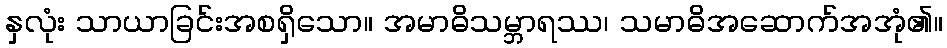
နှလုံး သာယာခြင်းအစရှိသော။ အမာဓိသမ္ဘာရဿ၊ သမာဓိအဆောက်အအုံ၏။